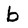
Character: b